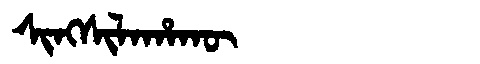
Manchu: ᠰᡳᠩᠰᡳᠯᠠᡥᠠᡴᡡ
Romanization: SINGSILAHAKŪ